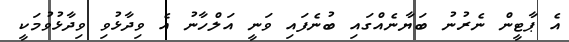
އެ ޕާޓީން ނެރުނު ބަޔާނެއްގައި ބުނެފައި ވަނީ އަލްހާނު އެ ވިދާޅުވި ވިދާޅުވުމަކީ